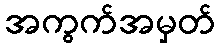
အကွက်အမှတ်